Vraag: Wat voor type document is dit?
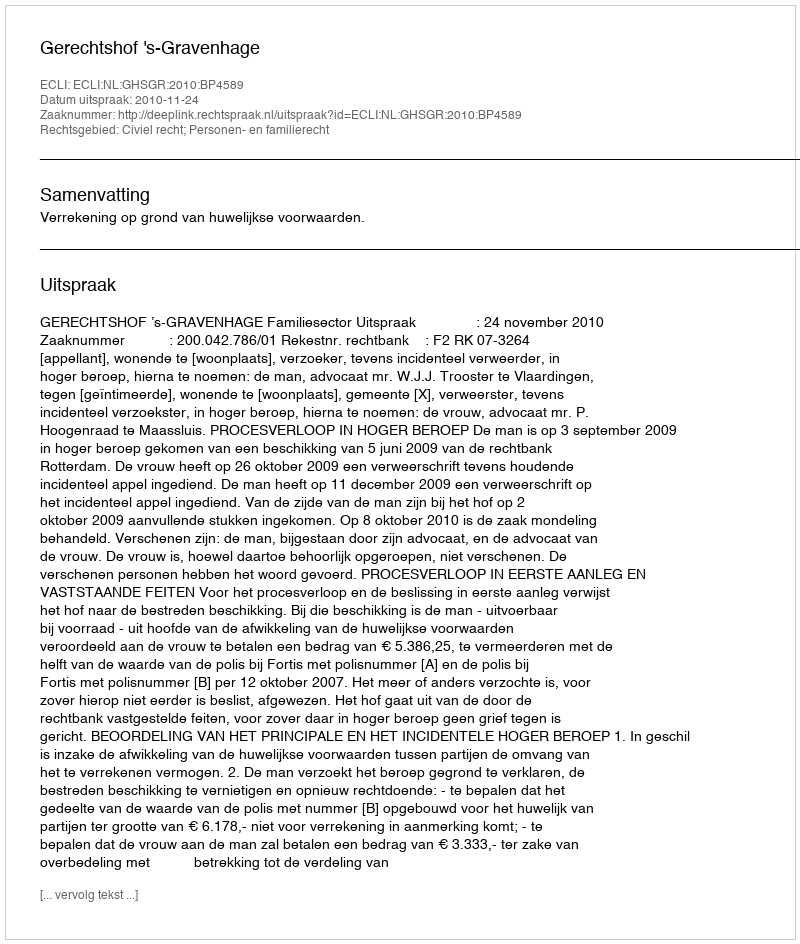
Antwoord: Uitspraak